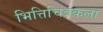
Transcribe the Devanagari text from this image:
भित्तिचित्रकला